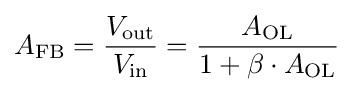
A_{\text{FB}}={\frac {V_{\text{out}}}{V_{\text{in}}}}={\frac {A_{\text{OL}}}{1+\beta \cdot A_{\text{OL}}}}